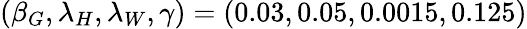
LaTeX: (\beta_{G},\lambda_{H},\lambda_{W},\gamma)=(0.03,0.05,0.0015,0.125)